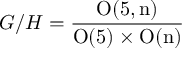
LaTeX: { \cal G } / { \cal H } = \frac { \mathrm { O ( 5 , n ) } } { \mathrm { O ( 5 ) } \times \mathrm { O ( n ) } }